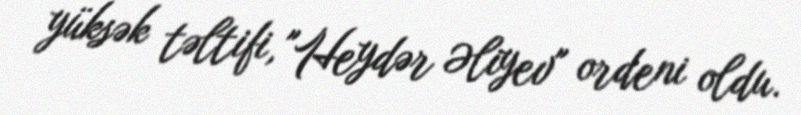
yüksək təltifi, "Heydər Əliyev" ordeni oldu.